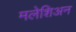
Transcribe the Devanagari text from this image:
मलेशिअन